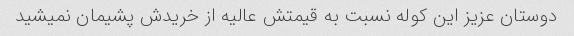
دوستان عزیز این کوله نسبت به قیمتش عالیه از خریدش پشیمان نمیشید